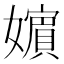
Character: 𡣕